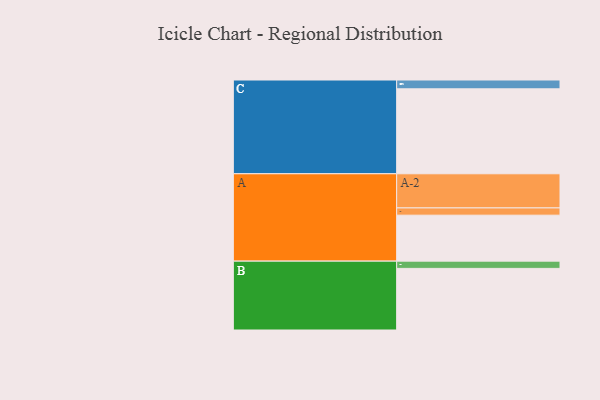
{"axis": {"x": "Segment", "y": "Value"}, "legend": ["", "A", "B", "C"], "data": [{"x": "A", "y": 323, "type": ""}, {"x": "B", "y": 433, "type": ""}, {"x": "C", "y": 597, "type": ""}, {"x": "A-1", "y": 51, "type": "A"}, {"x": "A-2", "y": 240, "type": "A"}, {"x": "B-1", "y": 51, "type": "B"}, {"x": "C-1", "y": 62, "type": "C"}]}